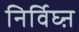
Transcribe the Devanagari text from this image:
निर्विघ्ऩ